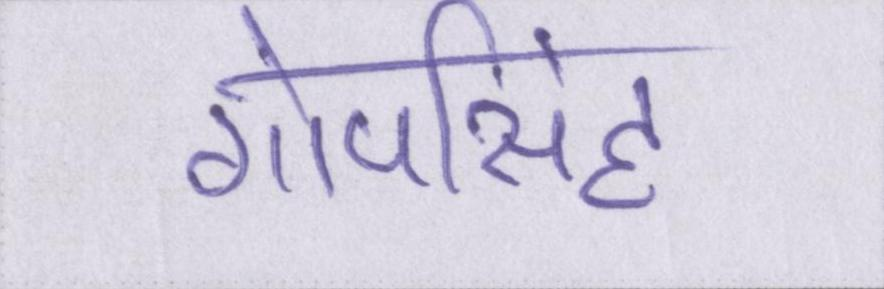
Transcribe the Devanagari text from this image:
गोपसिंह